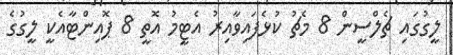
ލީގުގައި ޗެލްސީން 8 މެޗު ކުޅެފައިވާއިރު އެޓީމު އޮތީ 8 ޕޮއިންޓާއެކީ ލީގުގެ